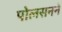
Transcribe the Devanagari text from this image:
पोलसनने